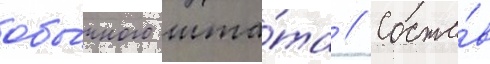
обы́чного шта́та // Соста́в